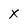
Character: X